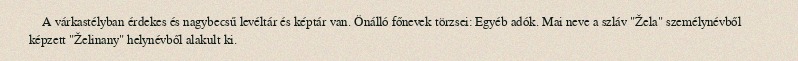
A várkastélyban érdekes és nagybecsű levéltár és képtár van. Önálló főnevek törzsei: Egyéb adók. Mai neve a szláv "Žela" személynévből képzett "Želinany" helynévből alakult ki.